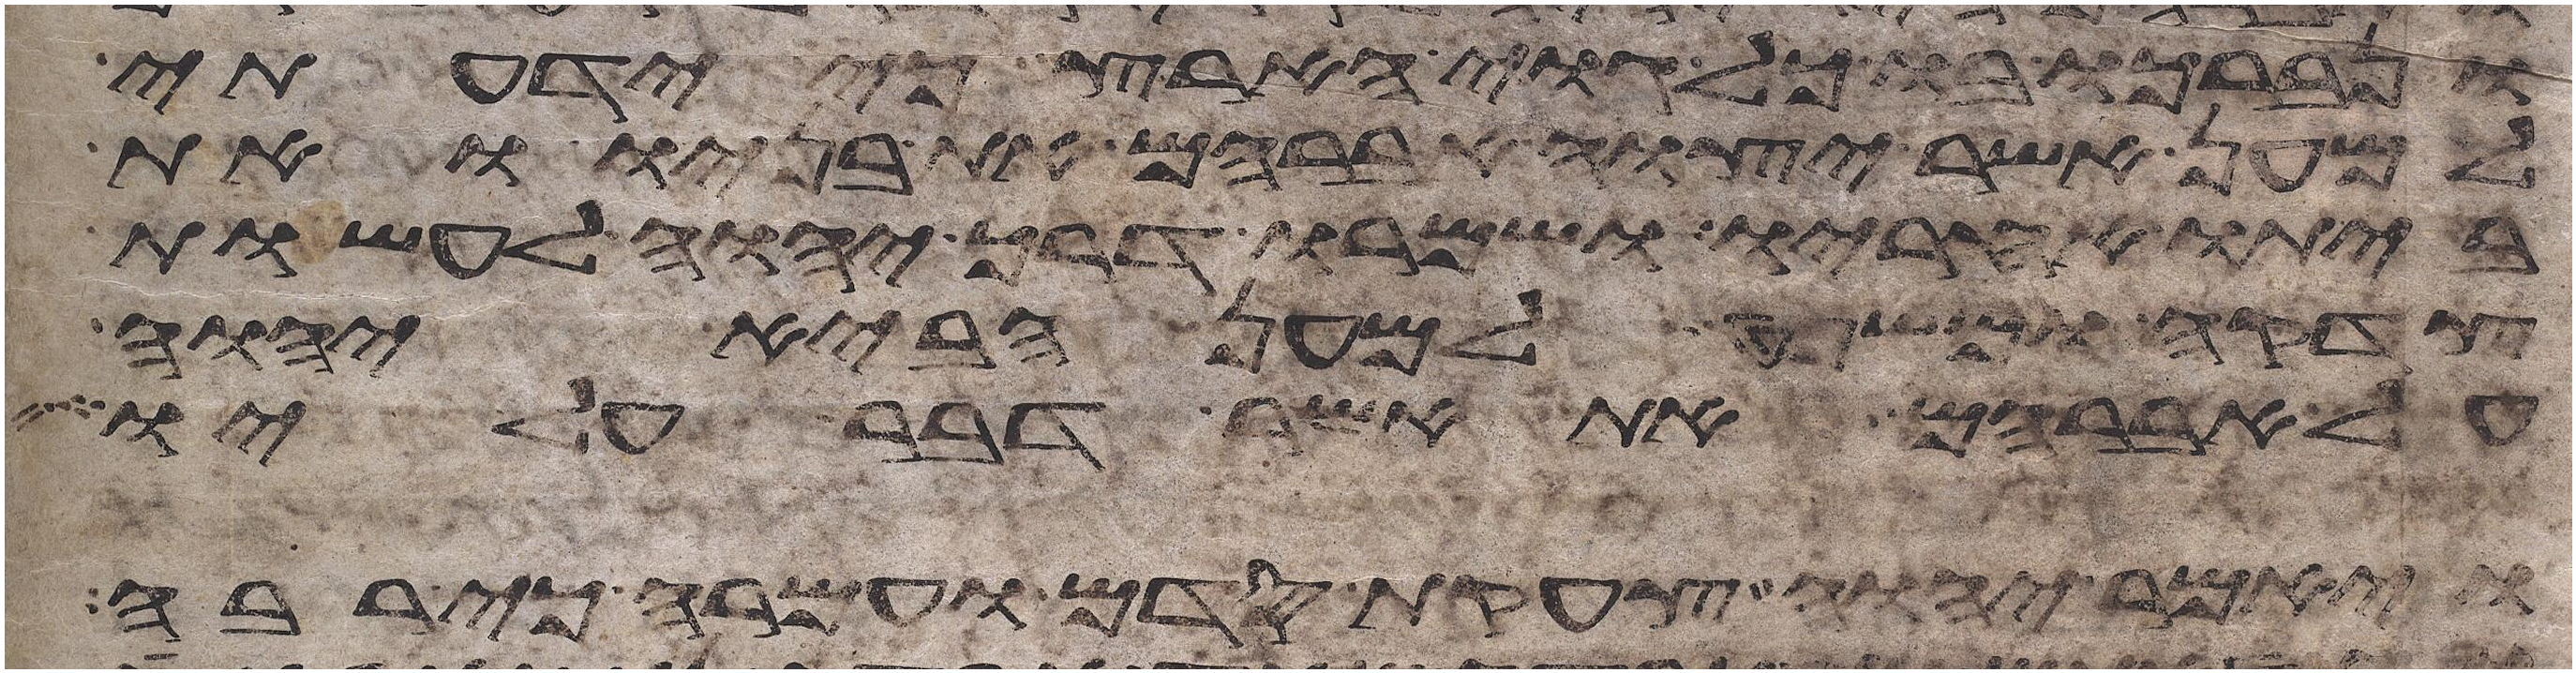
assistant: ונברכו בו כל גוי הארץ כי ידעתי
למען אשר יצוה אברהם את בניו ואת
ביתו אחריו ושמרו דרך יהוה לעשות
צדקה ומשפט למען הביא יהוה
על אברהם את אשר דבר עליו
ויאמר יהוה צעקת סדם ועמרה כי רבה